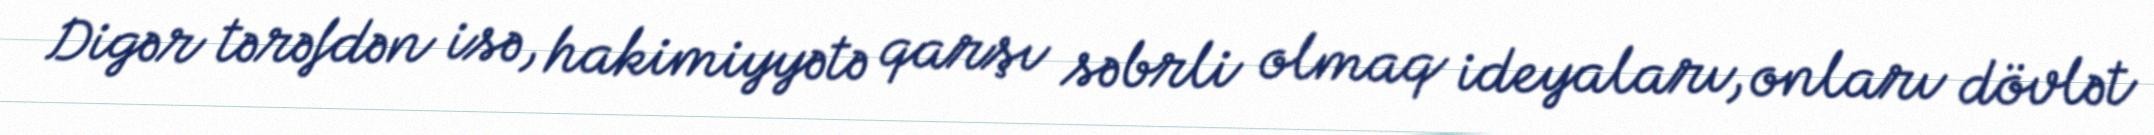
Digər tərəfdən isə, hakimiyyətə qarşı səbrli olmaq ideyaları, onları dövlət